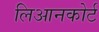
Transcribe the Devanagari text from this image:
लिआनकोर्ट